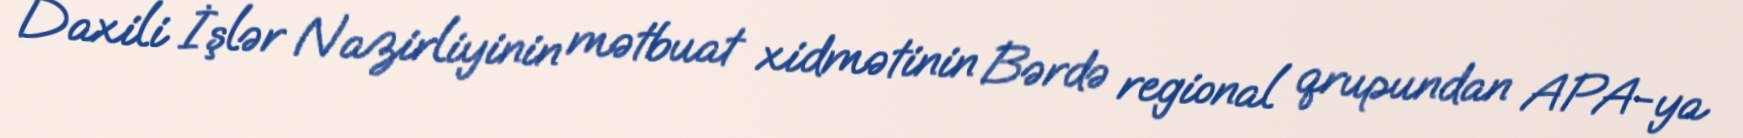
Daxili İşlər Nazirliyinin mətbuat xidmətinin Bərdə regional qrupundan APA-ya